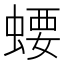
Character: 𧍔